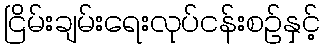
ငြိမ်းချမ်းရေးလုပ်ငန်းစဉ်နှင့်